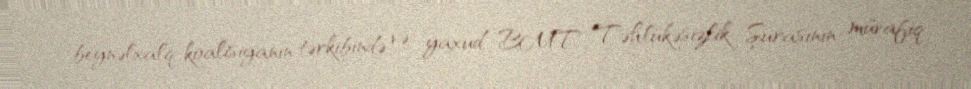
beynəlxalq koalisiyanın tərkibində və yaxud BMT Təhlükəsizlik Şurasının müvafiq